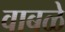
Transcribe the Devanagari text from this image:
वाबळे